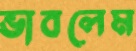
ভাবলেম